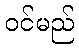
ဝင်မည်